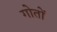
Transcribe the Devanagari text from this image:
गोतों